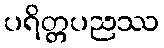
ပရိတ္တပညဿ